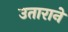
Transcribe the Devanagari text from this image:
उताराने